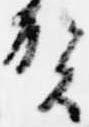
賀